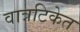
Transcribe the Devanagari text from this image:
वात्रटिकेत